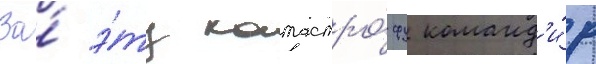
За́ э́ту катастро́фу команд'и́р